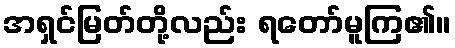
အရှင်မြတ်တို့လည်း ရတော်မူကြ၏။